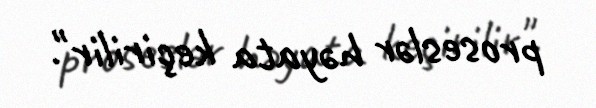
proseslər həyata keçirilir".